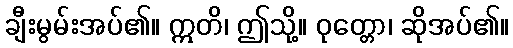
ချီးမွမ်းအပ်၏။ ဣတိ၊ ဤသို့။ ဝုတ္တော၊ ဆိုအပ်၏။